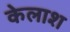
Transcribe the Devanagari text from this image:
केलाश